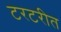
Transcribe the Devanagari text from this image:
टरटरीत